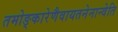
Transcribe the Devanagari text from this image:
तमोङ्कारेणैवायतनेनान्वेति